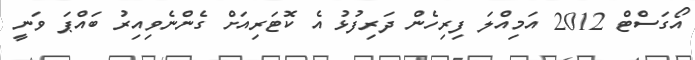
އޯގަސްޓް 2012 އަމިއްލަ ފިރިހެން ދަރިފުޅު އެ ކޮޓަރިއަށް ގެންނެވިއިރު ބައްޕަ ވަނީ